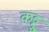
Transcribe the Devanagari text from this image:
कड्डू